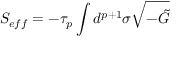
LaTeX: S _ { e f f } = - \tau _ { p } \int d ^ { p + 1 } \sigma \sqrt { - \tilde { G } }